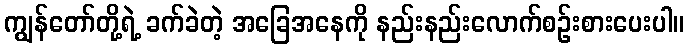
ကျွန်တော်တို့ရဲ့ ခက်ခဲတဲ့ အခြေအနေကို နည်းနည်းလောက်စဉ်းစားပေးပါ။